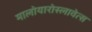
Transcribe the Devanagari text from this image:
मालोयारोस्लावेत्स